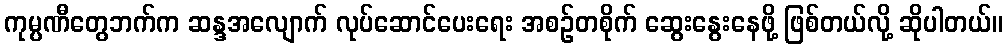
ကုမ္ပဏီတွေဘက်က ဆန္ဒအလျောက် လုပ်ဆောင်ပေးရေး အစဉ်တစိုက် ဆွေးနွေးနေဖို့ ဖြစ်တယ်လို့ ဆိုပါတယ်။